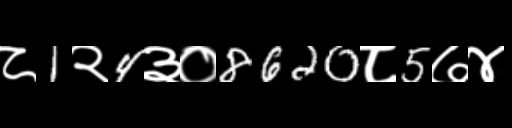
Text: ८1२4३०8620८5७४